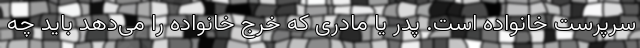
سرپرست خانواده است. پدر یا مادری که خرج خانواده را می‌دهد باید چه